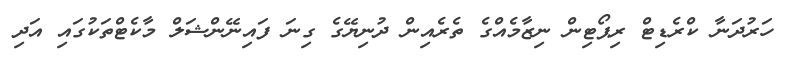
ހަރުދަނާ ކްރެޑިޓް ރިޕޯޓިން ނިޒާމެއްގެ ތެރެއިން ދުނިޔޭގެ ގިނަ ފައިނޭންޝަލް މާކެޓްތަކުގައި އަދި